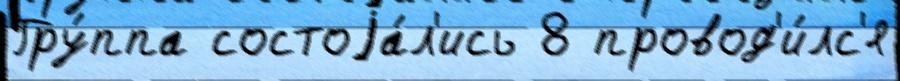
Гру́ппа состоjа́л'ись 8 провод'и́лс'я